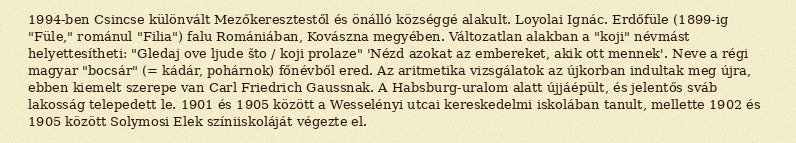
1994-ben Csincse különvált Mezőkeresztestől és önálló községgé alakult. Loyolai Ignác. Erdőfüle (1899-ig "Füle," románul "Filia") falu Romániában, Kovászna megyében. Változatlan alakban a "koji" névmást helyettesítheti: "Gledaj ove ljude što / koji prolaze" 'Nézd azokat az embereket, akik ott mennek'. Neve a régi magyar "bocsár" (= kádár, pohárnok) főnévből ered. Az aritmetika vizsgálatok az újkorban indultak meg újra, ebben kiemelt szerepe van Carl Friedrich Gaussnak. A Habsburg-uralom alatt újjáépült, és jelentős sváb lakosság telepedett le. 1901 és 1905 között a Wesselényi utcai kereskedelmi iskolában tanult, mellette 1902 és 1905 között Solymosi Elek színiiskoláját végezte el.